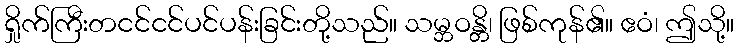
ရှိုက်ကြီးတငင်ငင်ပင်ပန်းခြင်းတို့သည်။ သမ္ဘဝန္တိ၊ ဖြစ်ကုန်၏။ ဧဝံ၊ ဤသို့။